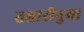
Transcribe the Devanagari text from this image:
तश्तरीनुमा